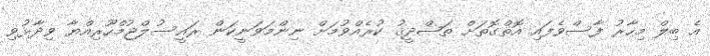
އެ ބިލް މިހާރު ފާސްވެފައި އޮތްގޮތަށް ތަޞްދީޤު ކުރެއްވުމަށް ނިންމަވަނީކަން ރައީސުލްޖުމްހޫރިއްޔާ ވިދާޅުވި